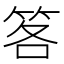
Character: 笿